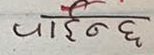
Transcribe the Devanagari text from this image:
पाईन्छ